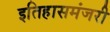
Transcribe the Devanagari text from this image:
इतिहासमंजरी